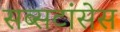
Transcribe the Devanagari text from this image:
सब्सटांसेस